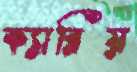
ক্যারিয়